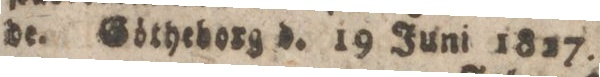
de. Götheborg d. 19 Juni 1827.